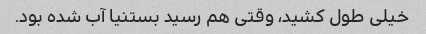
خیلی طول کشید، وقتی هم رسید بستنیا آب شده بود.